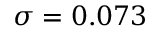
\sigma = 0 . 0 7 3